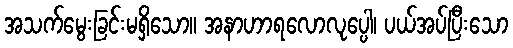
အသက်မွေးခြင်းမရှိသော။ အနာဟာရလောလုပ္ပေါ၊ ပယ်အပ်ပြီးသော